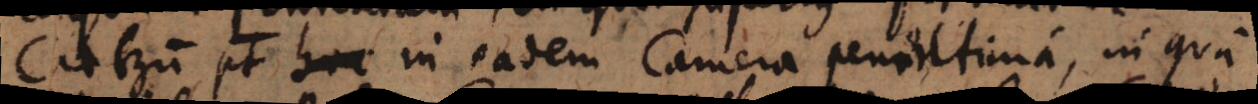
Caeterum potest hoc in eadem Camera penintima, in qua